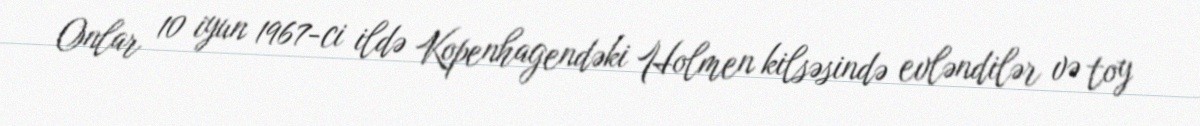
Onlar 10 iyun 1967-ci ildə Kopenhagendəki Holmen kilsəsində evləndilər və toy